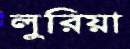
লুরিয়া